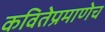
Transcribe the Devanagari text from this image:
कवितेप्रमाणेच